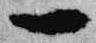
一